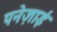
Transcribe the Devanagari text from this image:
पनेज़ाई